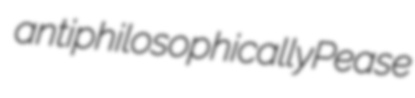
antiphilosophically Pease